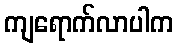
ကျရောက်လာပါက